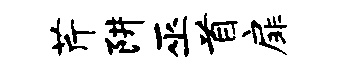
芹阱巫首扉